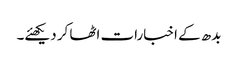
بدھ کے اخبارات اٹھا کر دیکھئے۔